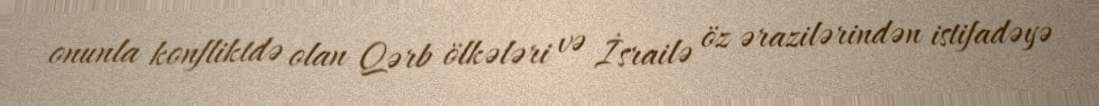
onunla konfliktdə olan Qərb ölkələri və İsrailə öz ərazilərindən istifadəyə